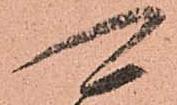
可